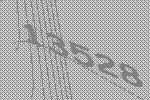
13528